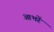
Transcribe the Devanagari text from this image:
आभरें